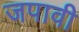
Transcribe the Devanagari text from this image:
जपावी